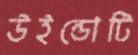
উইন্ডোটি